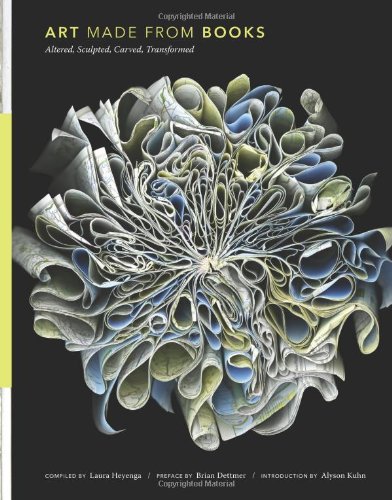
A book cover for Art Made from Books: Altered, Sculpted, Carved, Transformed; Crafts, Hobbies & Home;